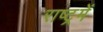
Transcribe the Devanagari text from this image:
राष्ट्रमें